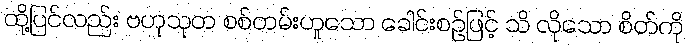
ထို့ပြင်လည်း ဗဟုသုတ စစ်တမ်းဟူသော ခေါင်းစဉ်ဖြင့် သိ လိုသော စိတ်ကို